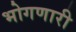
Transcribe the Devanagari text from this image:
भोगणारी